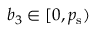
b _ { 3 } \in [ 0 , { p _ { \mathrm { s } } } )